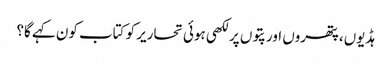
ہڈیوں، پتھروں اور پتوں پر لکھی ہوئی تحاریر کو کتاب کون کہے گا؟